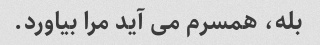
بله، همسرم می آید مرا بیاورد.